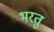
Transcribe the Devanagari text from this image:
भरतु